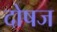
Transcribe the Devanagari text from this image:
दोषज